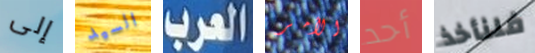
إلى السيد العرب الأمر أحد فلنأخذ